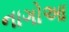
નાગોઆ